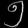
Digit: ၅